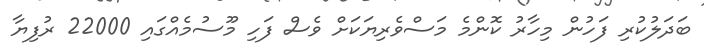
ބަދަލުކުރި ފަހުން މިހާރު ކޮންމެ މަސްވެރިޔަކަށް ވެސް ފަހި މޫސުމެއްގައި 22000 ރުފިޔާ